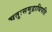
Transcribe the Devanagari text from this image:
चतुःसमुद्राधिपति